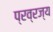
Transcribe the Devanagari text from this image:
प्रव्रज्य